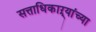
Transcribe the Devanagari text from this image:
सत्ताधिकाऱ्यांच्या